Lunatic asylums Central Provinces reports 1895-1909 - 1895-1909
Year: 1895
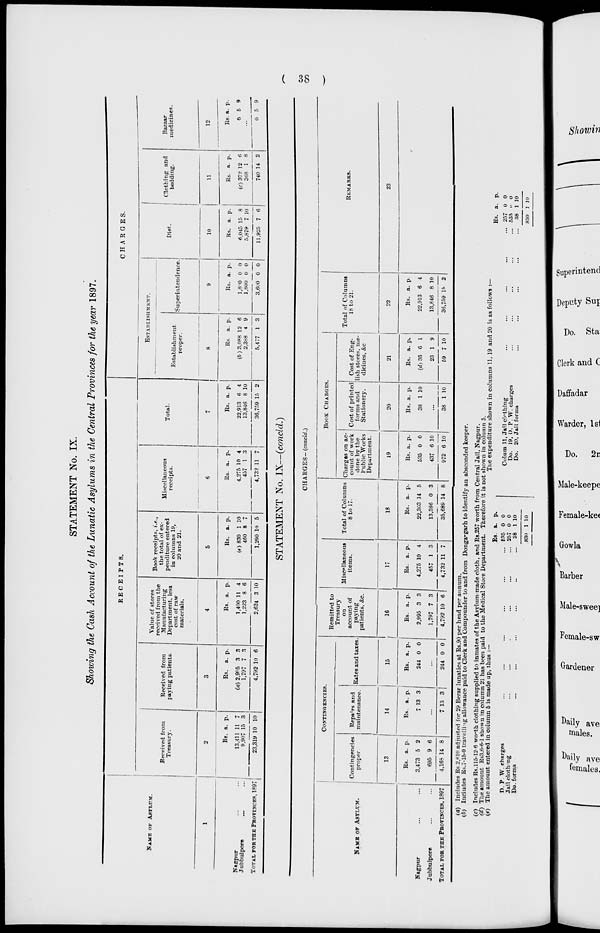
( 38 )
STATEMENT No. IX.
Showing the Cash Account of the Lunatic Asylums in the Central Provinces for the year 1897.
NAME
OF ASYLUM.
1
Nagpur
...
...
Jubbulpore
...
...
TOTAL FOR THE PROVINCES, 1897
RECEIPTS.
Received from
Treasury.
2
Rs.
13,411
9,907
23,319
a.
11
15
10
p.
7
3
10
Received from
paying patients.
3
Rs.
(a) 2,995
1,797
4,792
a.
3
7
10
p.
3
3
6
Value of stores
received from the
Manufacturing
Department, less
cost of raw
materials.
4
Rs.
1,400
1,223
2,624
a.
11
8
3
p.
4
6
10
Book receipts, i.e.,
the total of ex-
penditure entered
in columns 19,
20 and 21.
5
Rs.
(e) 830
460
1,290
a.
1
8
10
p.
10
7
5
Miscellaneous
receipts.
6
Rs.
4,275
457
4,732
a.
10
1
11
p.
4
3
7
Total.
7
Rs.
22,913
13,846
36,759
a.
6
8
15
p.
4
10
2
CHARGES.
ESTABLISHMENT.
Establishment
proper.
8
Rs.
(b ) 3,088
2,388
5,477
a.
12
4
1
p.
6
9
3
Superintendence.
9
Rs.
1,800
1,800
3,600
a.
0
0
0
p.
0
0
0
Diet.
10
Rs.
6,045
5,879
11,925
a.
15
7
7
p.
8
10
6
Clothing and
bedding.
11
Rs.
(c) 372
368
740
a.
12
1
14
p.
6
8
2
Bazaar
medicines.
12
Rs.
0
a.
5
p.
9
...
0 5 9
STATEMENT No. IX—(concld.)
CHARGES-(concld.)
NAME OF ASYLUM.
Nagpur ... ...
Jubbulpore ... ...
TOTAL FOR THE PROVINCES, 1897
CONTINGENCIES.
Contingencies
proper.
13
Rs.
3,473
695
4,168
a.
5
9
14
p.
2
6
8
Repairs and
maintenance.
14
Rs.
7
a.
13
p.
3
...
7 13 3
Rates and taxes.
15
Rs.
244
a.
0
p.
0
...
244 0 0
Remitted to
Treasury
on
account of
paying
patients, &c.
16
Rs.
2,995
1,797
4,792
a.
3
7
10
p.
3
3
6
Miscellaneous
items.
17
Rs.
4,275
457
4,732
a.
10
1
11
p.
4
3
7
Total of Columns
8 to 17.
18
Rs.
22,303
13,386
35,689
a.
14
0
14
p.
5
3
8
BOOK CHARGES.
Charges on ac-
count of work
done by the
Public Works
Department.
19
Rs.
535
437
972
a.
0
6
6
p.
0
10
10
Cost of printed
forms and
Stationery.
20
Rs.
38
a.
1
p.
10
...
38 1 10
Cost of Eng-
lish stores, me-
dicines, &c
21
Rs.
(d)36
23
59
a.
6
1
7
p.
1
9
10
Total of Columns
18 to 21.
22
Rs.
22,913
13,846
36,759
a.
6
8
15
p.
4
10
2
REMARKS.
23
(a) Includes Rs 2.610 adjusted for 29 Berar lunatics at Rs.90 per head per annum.
(b) Includes Rs.7-15-0 travelling allowance paid to Clerk and Compounder to and from Donga-garh to identify an absconded keeper.
(c) Includes Rs.115-12-6 worth clothing supplied to inmates of the Asylum-made cloth, and Rs.257 worth from Central Jail, Nagpur.
(d) The amount Rs3.6-6-1 shown in column 21 has been paid to the Medical Store Department. Therefore it is not shown in column 5.
(e) The amount entered in column 5 is made up, thus :—
The expenditure shown in columns 11, 19 and 20 is as follows :—
D. P. W. charges ... ... ... ... ... ...
Jail clothing ... ... ... ... ... ...
Do. forms ... ... ... ... ... ...
Rs.
535
257
38
830
a.
0
0
1
1
p.
0
0
10
10
Colum 11, Jail clothing ... ... ... ... ... ...
Do. 19, D. P. W. charges ... ... ... ... ...
Do. 20, Jail forms ... ... ... ... ...
Rs.
257
535
38
830
a.
0
0
1
1
p.
0
0
10
0